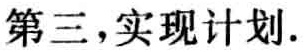
第三，实现计划.